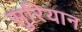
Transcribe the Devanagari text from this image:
सुरियान